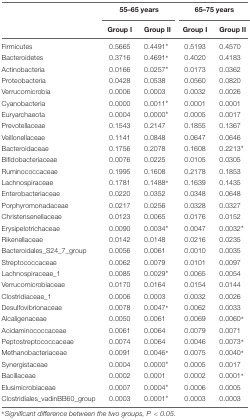
<table><thead><tr><td></td><td colspan="2"><b>55–65 years</b></td><td colspan="2"><b>65–75 years</b></td></tr><tr><td></td><td><b>Group I</b></td><td><b>Group II</b></td><td><b>Group I</b></td><td><b>Group II</b></td></tr></thead><tbody><tr><td>Firmicutes</td><td>0.5665</td><td>0.4491<sup>∗</sup></td><td>0.5193</td><td>0.4570</td></tr><tr><td>Bacteroidetes</td><td>0.3716</td><td>0.4691<sup>∗</sup></td><td>0.4020</td><td>0.4183</td></tr><tr><td>Actinobacteria</td><td>0.0166</td><td>0.0257<sup>∗</sup></td><td>0.0173</td><td>0.0362</td></tr><tr><td>Proteobacteria</td><td>0.0428</td><td>0.0538</td><td>0.0560</td><td>0.0820</td></tr><tr><td>Verrucomicrobia</td><td>0.0006</td><td>0.0003</td><td>0.0032</td><td>0.0026</td></tr><tr><td>Cyanobacteria</td><td>0.0000</td><td>0.0011<sup>∗</sup></td><td>0.0001</td><td>0.0001</td></tr><tr><td>Euryarchaeota</td><td>0.0004</td><td>0.0000<sup>∗</sup></td><td>0.0005</td><td>0.0017</td></tr><tr><td>Prevotellaceae</td><td>0.1543</td><td>0.2147</td><td>0.1855</td><td>0.1367</td></tr><tr><td>Veillonellaceae</td><td>0.1141</td><td>0.0848</td><td>0.0647</td><td>0.0646</td></tr><tr><td>Bacteroidaceae</td><td>0.1756</td><td>0.2078</td><td>0.1608</td><td>0.2213<sup>∗</sup></td></tr><tr><td>Bifidobacteriaceae</td><td>0.0076</td><td>0.0225</td><td>0.0105</td><td>0.0305</td></tr><tr><td>Ruminococcaceae</td><td>0.1995</td><td>0.1608</td><td>0.2178</td><td>0.1853</td></tr><tr><td>Lachnospiraceae</td><td>0.1781</td><td>0.1488<sup>∗</sup></td><td>0.1639</td><td>0.1435</td></tr><tr><td>Enterobacteriaceae</td><td>0.0220</td><td>0.0352</td><td>0.0348</td><td>0.0648</td></tr><tr><td>Porphyromonadaceae</td><td>0.0217</td><td>0.0256</td><td>0.0328</td><td>0.0327</td></tr><tr><td>Christensenellaceae</td><td>0.0123</td><td>0.0065</td><td>0.0176</td><td>0.0152</td></tr><tr><td>Erysipelotrichaceae</td><td>0.0090</td><td>0.0034<sup>∗</sup></td><td>0.0047</td><td>0.0032<sup>∗</sup></td></tr><tr><td>Rikenellaceae</td><td>0.0142</td><td>0.0148</td><td>0.0216</td><td>0.0235</td></tr><tr><td>Bacteroidales_S24_7_group</td><td>0.0056</td><td>0.0061</td><td>0.0010</td><td>0.0035</td></tr><tr><td>Streptococcaceae</td><td>0.0062</td><td>0.0079</td><td>0.0101</td><td>0.0097</td></tr><tr><td>Lachnospiraceae_1</td><td>0.0085</td><td>0.0029<sup>∗</sup></td><td>0.0065</td><td>0.0054</td></tr><tr><td>Verrucomicrobiaceae</td><td>0.0170</td><td>0.0164</td><td>0.0154</td><td>0.0144</td></tr><tr><td>Clostridiaceae_1</td><td>0.0006</td><td>0.0003</td><td>0.0032</td><td>0.0026</td></tr><tr><td>Desulfovibrionaceae</td><td>0.0078</td><td>0.0047<sup>∗</sup></td><td>0.0062</td><td>0.0033</td></tr><tr><td>Alcaligenaceae</td><td>0.0050</td><td>0.0061</td><td>0.0069</td><td>0.0060<sup>∗</sup></td></tr><tr><td>Acidaminococcaceae</td><td>0.0061</td><td>0.0064</td><td>0.0079</td><td>0.0071</td></tr><tr><td>Peptostreptococcaceae</td><td>0.0074</td><td>0.0064</td><td>0.0046</td><td>0.0073<sup>∗</sup></td></tr><tr><td>Methanobacteriaceae</td><td>0.0091</td><td>0.0046<sup>∗</sup></td><td>0.0075</td><td>0.0040<sup>∗</sup></td></tr><tr><td>Synergistaceae</td><td>0.0004</td><td>0.0000<sup>∗</sup></td><td>0.0005</td><td>0.0017</td></tr><tr><td>Bacillaceae</td><td>0.0002</td><td>0.0001</td><td>0.0002</td><td>0.0001<sup>∗</sup></td></tr><tr><td>Elusimicrobiaceae</td><td>0.0007</td><td>0.0004<sup>∗</sup></td><td>0.0006</td><td>0.0005</td></tr><tr><td>Clostridiales_vadinBB60_group</td><td>0.0003</td><td>0.0001<sup>∗</sup></td><td>0.0003</td><td>0.0003</td></tr></tbody></table>